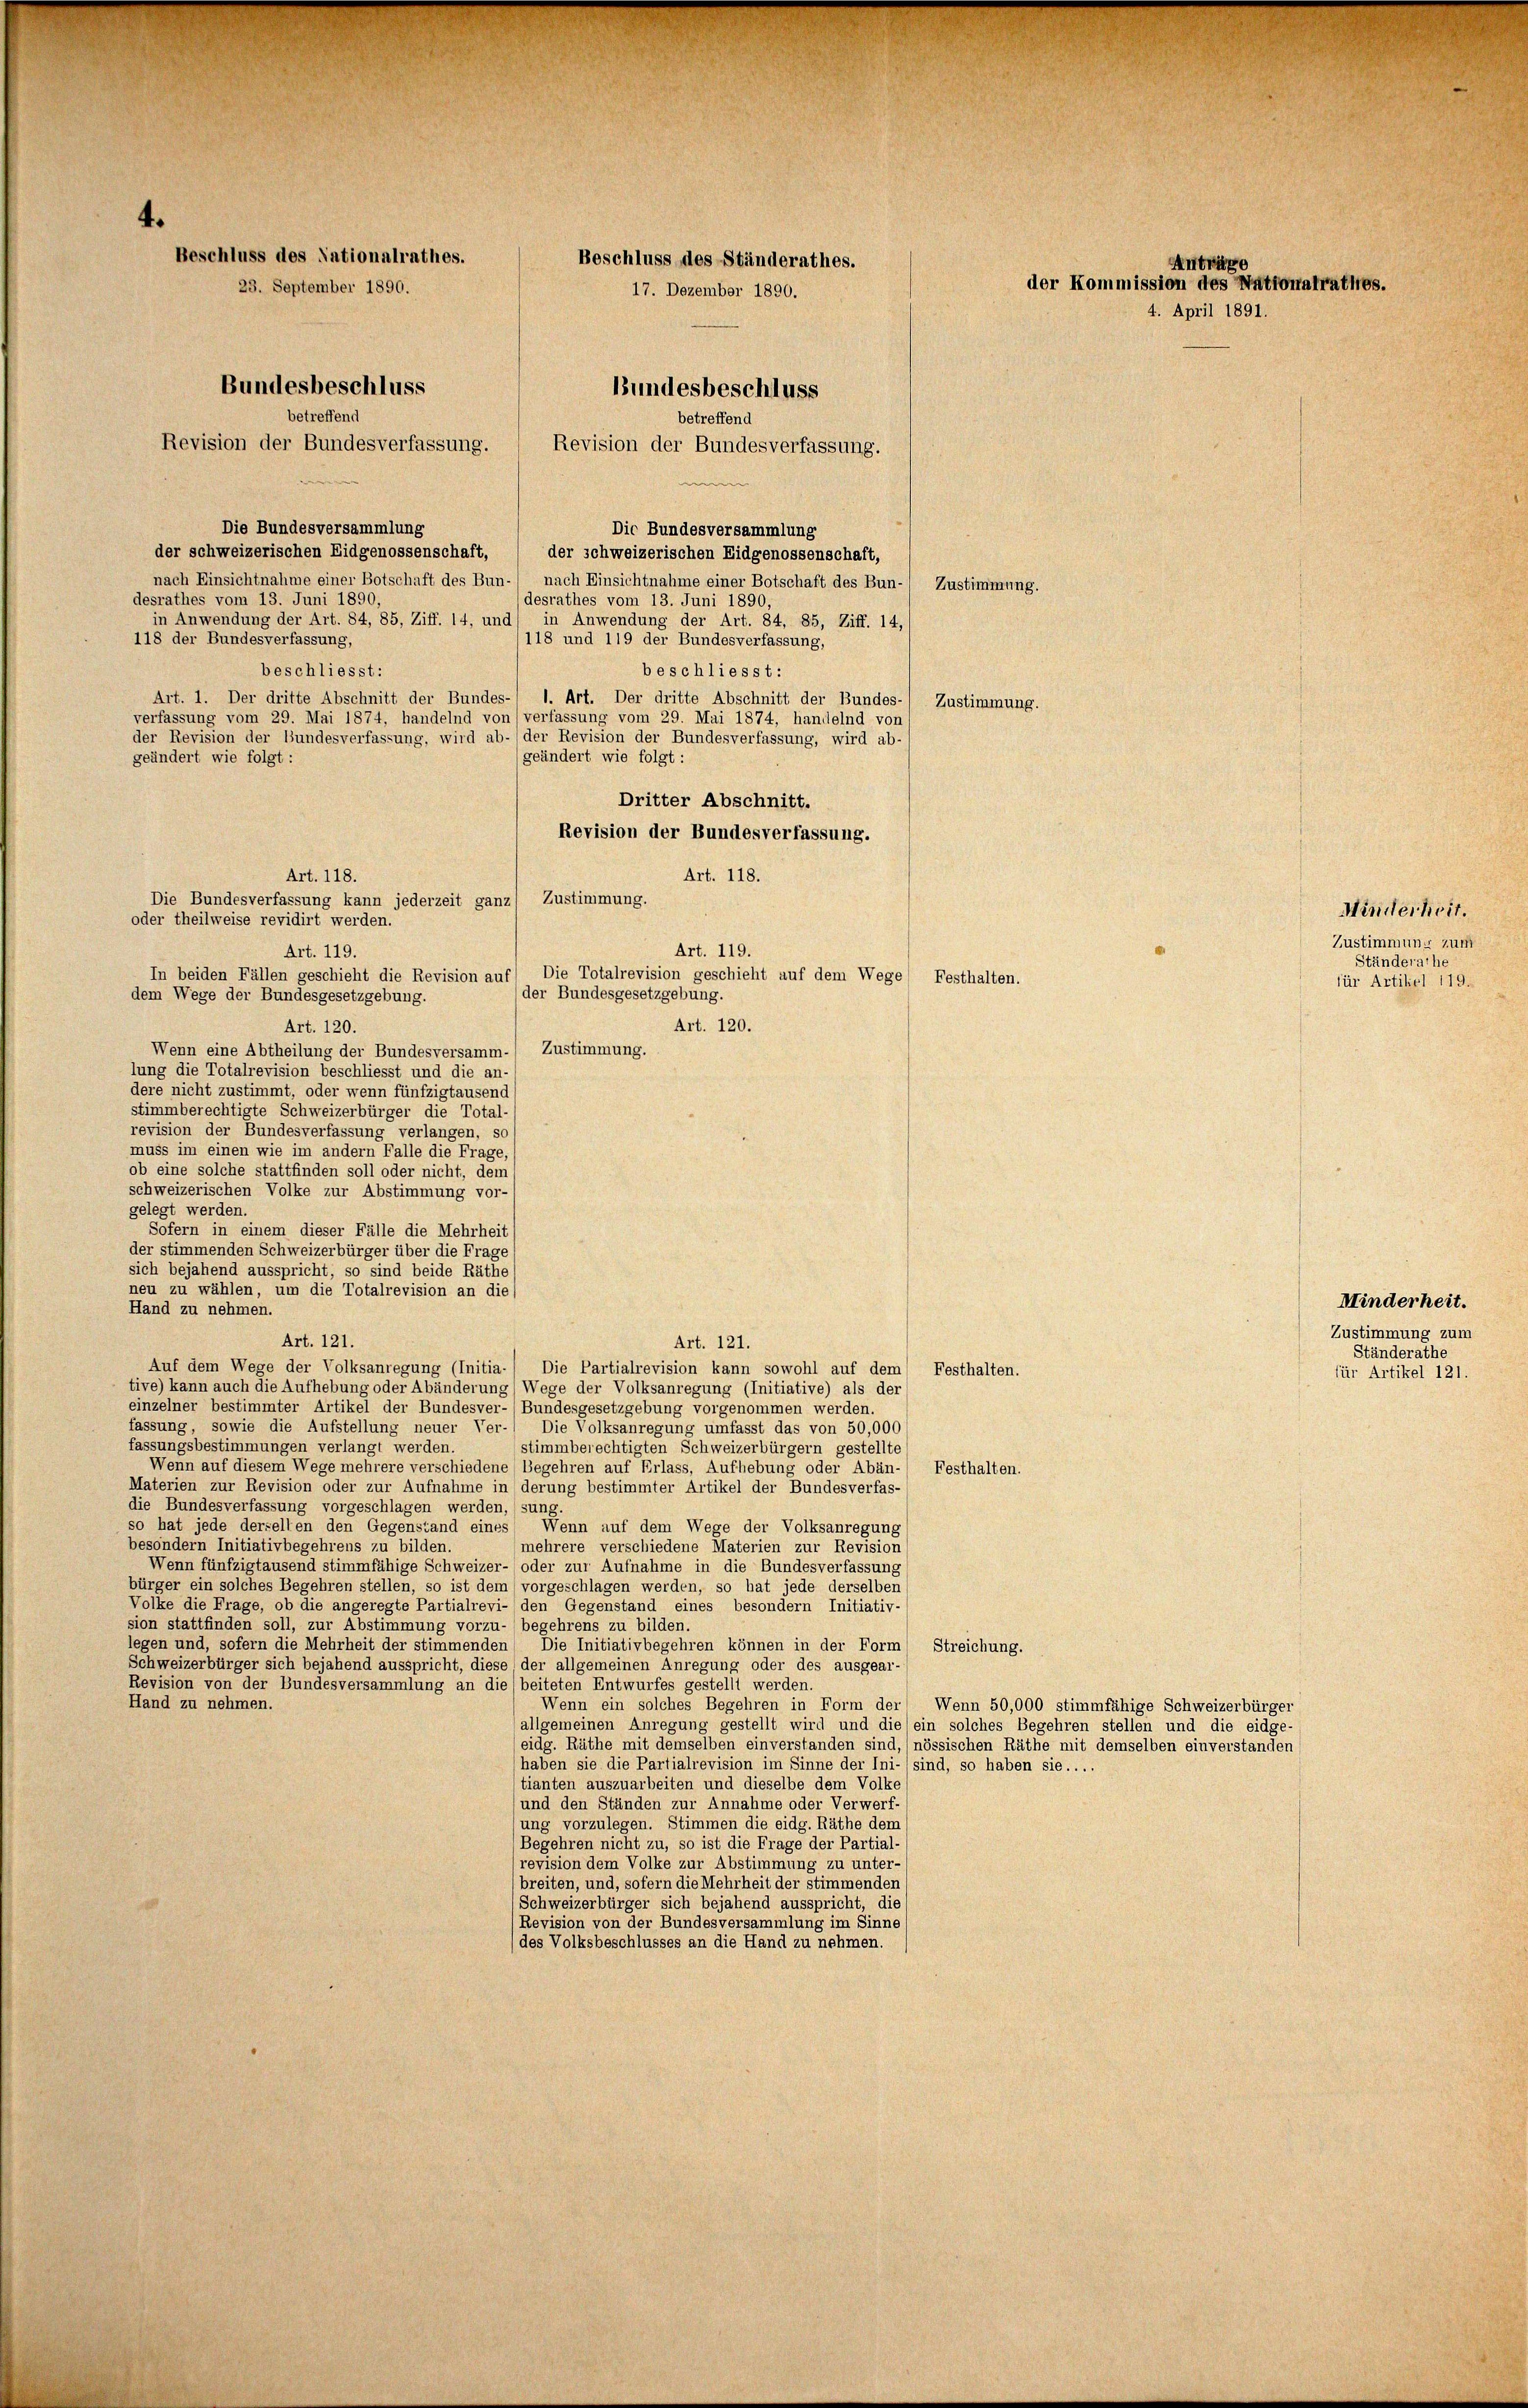
4.
Beschluss des Nationalrathes.
Beschluss des Ständerathes.
23. September 1890.
17. Dezember 1890.
Bundesbeschluss
Bundesbeschluss
betreffend
betreffend
Revision der Bundesverfassung.
Revision der Bundesverfassung.
e

Die Bundesversammlung
Die Bundesversammlung
der schweizerischen Eidgenossenschaft,
der schweizerischen Eidgenossenschaft,
nach Einsichtnahme einer Botschaft des Bun- nach Einsichtnahme einer Botschaft des Bun- Zustimmt
desrathes vom 13. Juni 1890,
desrathes vom 13. Juni 1890,
in Anwendung der Art. 84, 85, Ziff. 14, und in Anwendung der Art. 84, 85, Ziff. 14,
118 der Bundesverfassung,
/118 und 119 der Bundesverfassung,
beschliesst:
beschliesst:
Art. 1. Der dritte Abschnitt der Bundes-/ 1. Art. Der dritte Abschnitt der Bundes-) Zustimmt
verfassung vom 29. Mai 1874, handelnd von verfassung vom 29. Mai 1874, handelnd von
der Revision der Bundesverfassung, wird ab- (der Revision der Bundesverfassung, wird ab-
(geändert wie folgt:
geändert wie folgt:
Dritter Abschnitt.
Revision der Bundesverfassung.
Art. 118.
Die Bundesverfassung kann jederzeit ganz Zustimmung.
oder theilweise revidirt werden.
Art. 119.
Art. 119.
In beiden Fällen geschieht die Revision auf Die Totalrevision geschieht auf dem Wege Festhalter
der Bundesgesetzgebung.
dem Wege der Bundesgesetzgebung.
Art. 120.
Art. 120.
Wenn eine Abtheilung der Bundesversamm-) Zustimmung.
lung die Totalrevision beschliesst und die an-
dere nicht zustimmt, oder wenn fünfzigtausend
stimmberechtigte Schweizerbürger die Total-
revision der Bundesverfassung verlangen, so
muss im einen wie im andern Falle die Frage,
ob eine solche stattfinden soll oder nicht, dem
schweizerischen Volke zur Abstimmung vor-
gelegt werden.
Sofern in einem dieser Fälle die Mehrheit
der stimmenden Schweizerbürger über die Frage
sich bejahend ausspricht, so sind beide Räthe
neu zu wählen, um die Totalrevision an dies
Hand zu nehmen.
Art. 121.
Art. 121.
Auf dem Wege der Volksanregung (Initia-/ Die Partialrevision kann sowohl auf dem Festhalten.
tive) kann auch die Aufhebung oder Abänderung) Wege der Volksanregung (Initiative) als der
einzelner bestimmter Artikel der Bundesver-/Bundesgesetzgebung vorgenommen werden.
fassung, sowie die Aufstellung neuer Ver- Die Volksanregung umfasst das von 50,000
fassungsbestimmungen verlangt werden.
stimmberechtigten Schweizerbürgern gestellte
Wenn auf diesem Wege mehrere verschiedene Begehren auf Erlass, Aufhebung oder Abän- Festhalten.
Materien zur Revision oder zur Aufnahme in derung bestimmter Artikel der Bundesverfas-
die Bundesverfassung vorgeschlagen werden, (sung.
so hat jede derselben den Gegenstand eines Wenn auf dem Wege der Volksanregung
besondern Initiativbegehrens zu bilden.
mehrere verschiedene Materien zur Revision
Wenn fünfzigtausend stimmfähige Schweizer- oder zur Aufnahme in die Bundesverfassung
bürger ein solches Begehren stellen, so ist dem vorgeschlagen werden, so hat jede derselben
Volke die Frage, ob die angeregte Partialrevi- den Gegenstand eines besondern Initiativ
sion stattfinden soll, zur Abstimmung vorzu-) begehrens zu bilden.
legen und, sofern die Mehrheit der stimmenden Die Initiativbegehren können in der Form Streichung.
Schweizerbürger sich bejahend ausspricht, diese der allgemeinen Anregung oder des ausgear-
Revision von der Bundesversammlung an die beiteten Entwurfes gestellt werden.
Hand zu nehmen.
Wenn ein solches Begehren in Form der Wenn 50,000 stimmfähige Schweizerbürger
allgemeinen Anregung gestellt wird und die ein solches Begehren stellen und die eidge-
(eidg. Räthe mit demselben einverstanden sind,) nössischen Räthe mit demselben einverstanden
haben sie die Partialrevision im Sinne der Ini-) sind, so haben sie....
tianten auszuarbeiten und dieselbe dem Volke
(und den Ständen zur Annahme oder Verwerf-
ung vorzulegen. Stimmen die eidg. Räthe dem
Begehren nicht zu, so ist die Frage der Partial-
revision dem Volke zur Abstimmung zu unter-
breiten, und, sofern die Mehrheit der stimmenden
Schweizerbürger sich bejahend ausspricht, die
Revision von der Bundesversammlung im Sinne
des Volksbeschlusses an die Hand zu nehmen.

Art. 118.

ung.

Anträge
der Kommission des Nationalrathes.
4. April 1891.

ng.

Minderheit.
Zustimmung zum
Ständerathe
für Artikel 119.

Minderheit.
Zustimmung zum
Ständerathe
für Artikel 121.